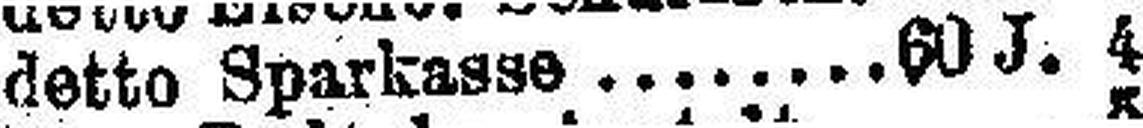
detto Sparkasse. 60 J. 4